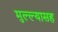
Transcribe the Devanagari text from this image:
मुल्ल्यासह